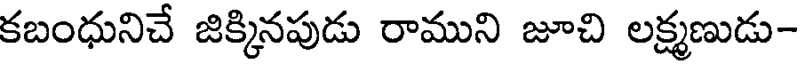
కబంధునిచే జిక్కినపుడు రాముని జూచి లక్ష్మణుడు-